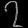
Digit: ၇